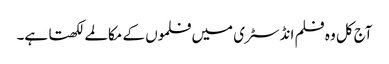
آج کل و ہ فلم انڈسٹری میں فلموں کے مکالمے لکھتا ہے۔